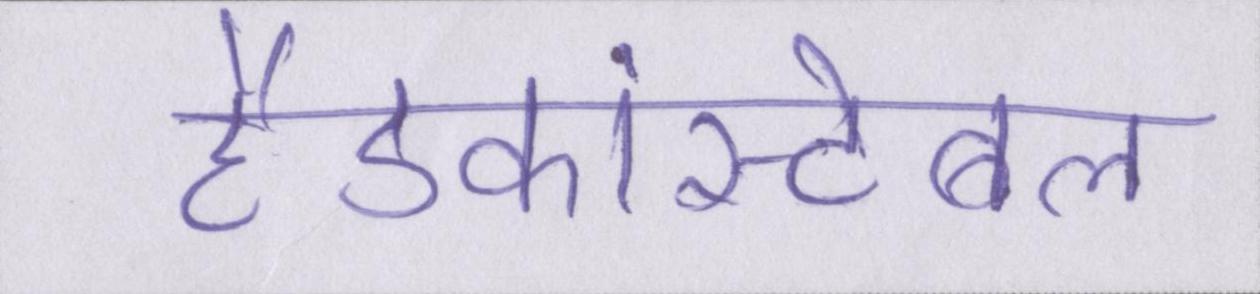
हैडकांस्टेबल